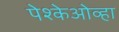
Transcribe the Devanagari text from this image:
पेश्केओव्हा